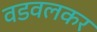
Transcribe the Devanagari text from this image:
वडवलकर